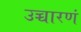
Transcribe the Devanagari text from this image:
उच्चारणं